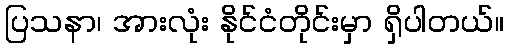
ပြသနာ၊ အားလုံး နိုင်ငံတိုင်းမှာ ရှိပါတယ်။